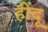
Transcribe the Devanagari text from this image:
हींदू